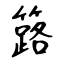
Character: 簬